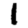
Digit: 1